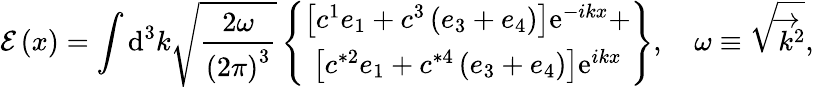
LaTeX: \mathcal{E}\left(x\right)=\int\mathrm{d}^{3}k\sqrt{\frac{2\omega}{\left(2\pi\right)^{3}}}\left\{ \begin{array}{c}{{\left[c^{1}e_{1}+c^{3}\left(e_{3}+e_{4}\right)\right]\mathrm{e}^{-ikx}+}}\\ {{\left[c^{*2}e_{1}+c^{*4}\left(e_{3}+e_{4}\right)\right]\mathrm{e}^{ikx}}}\end{array}\right\} ,\quad\omega\equiv\sqrt{\overrightarrow{k}^{2}},